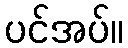
ပင်အပ်။